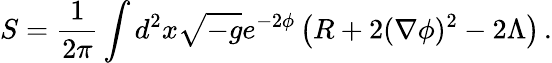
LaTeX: S=\frac{1}{2\pi}\int d^{2}x\sqrt{-g}e^{-2\phi}\left(R+2(\nabla\phi)^{2}-2\Lambda\right)\, .